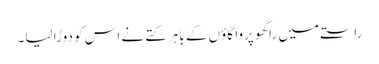
راستے میں راگھوپروا گاؤں کے باہر کتے نے اس کو دوڑا لیا۔